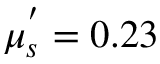
\mu _ { s } ^ { ' } = 0 . 2 3